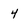
Character: 4